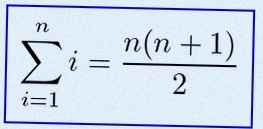
\sum_{i=1}^{n}i=\frac{n(n+1)}2